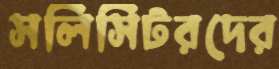
সলিসিটরদের